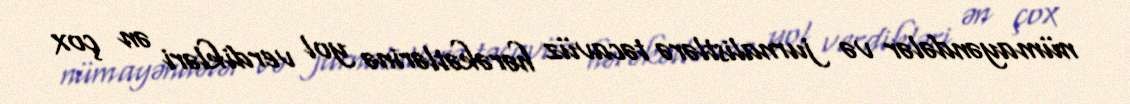
nümayəndələr və jurnalistlərə təcavüz hərəkətlərinə yol verdikləri ən çox